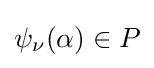
\psi _{\nu }(\alpha )\in P